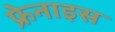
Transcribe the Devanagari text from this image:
फ्रेनाइस